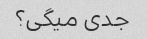
جدی میگی؟